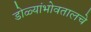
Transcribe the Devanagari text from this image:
डोळ्यांभोवतालचे